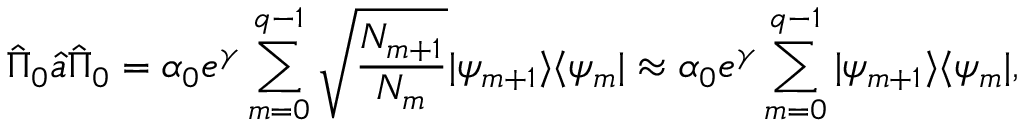
\hat { \Pi } _ { 0 } \hat { a } \hat { \Pi } _ { 0 } = \alpha _ { 0 } e ^ { \gamma } \sum _ { m = 0 } ^ { q - 1 } \sqrt { \frac { { \cal N } _ { m + 1 } } { { \cal N } _ { m } } } | \psi _ { m + 1 } \rangle \langle \psi _ { m } | \approx \alpha _ { 0 } e ^ { \gamma } \sum _ { m = 0 } ^ { q - 1 } | \psi _ { m + 1 } \rangle \langle \psi _ { m } | ,